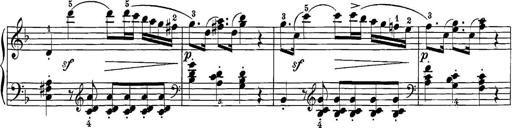
Title: 12 Sonatine per Pianoforte
Composer: Friedrich Kuhlau